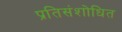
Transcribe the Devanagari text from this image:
प्रतिसंशोधित